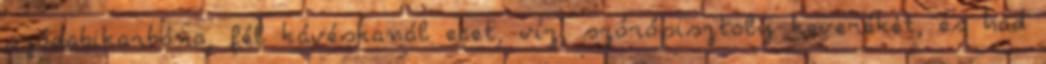
szódabikarbóna, fél kávéskanál ecet, víz, szórópisztoly keverékét, és had